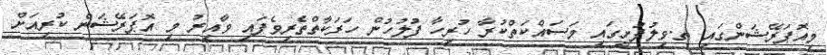
މިއޮޕަރޭޝަންގައި ތ.ވިލުފުށީގައި މަސައްކަތްކުރާ ހުރިހާ ފުލުހުން ހަރަކާތްތެރިވެފައި ވާއިރު މި އޮޕަރޭޝަން ކުރިއަށް